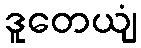
ဒူတေယျံ